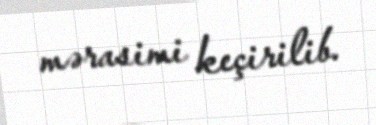
mərasimi keçirilib.